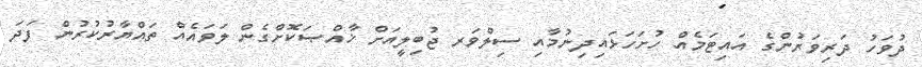
ދުވަހު ދަރިވަރުންގެ އައިޓަމެއް ހުށަހަޅައިދިނުމާއި ސިލްވަރ ޖުބިލީއަށް ޚާއްޞަކޮށްގެން ލަވައެއް ތައްޔާރުކުރުން ފަދަ